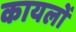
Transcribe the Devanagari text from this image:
कायलों